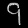
Digit: ၄